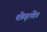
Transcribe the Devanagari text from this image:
छेड़ते।